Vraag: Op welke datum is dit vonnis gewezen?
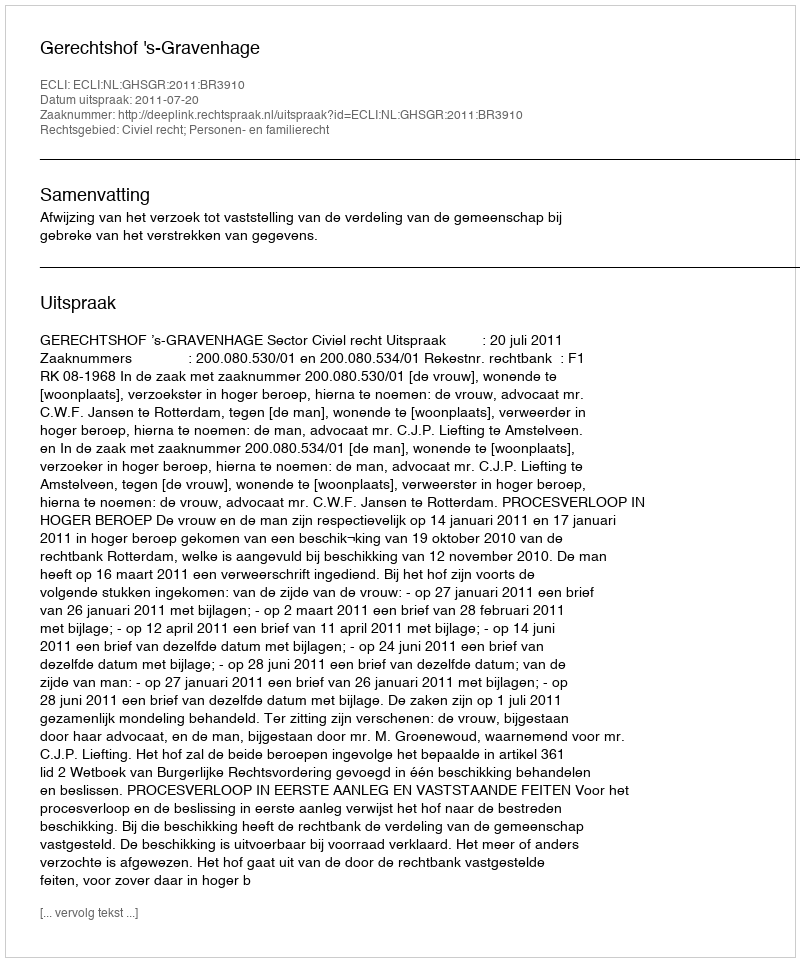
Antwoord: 2011-07-20